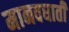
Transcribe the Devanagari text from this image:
मानवघाती